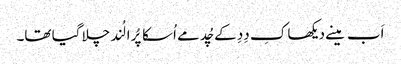
اَب مینے دیکھا کِ دِدِ کے چُد مے اُسکا پُرا لُند چلا گیا تھا۔